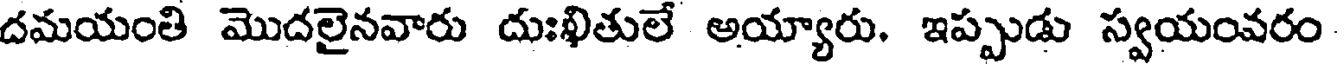
దమయంతి మొదలైనవారు దుఃఖితులే అయ్యారు. ఇప్పుడు స్వయంవరం